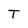
Character: T